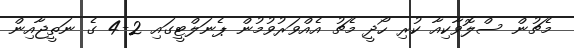
މެޗުން ސްލޮވާކިއާ ކުރި ހޯދީ މެޗު އެއްވަރުވުމުން ޕެނަލްޓީގައި 2-4 ގެ ނަތީޖާއިން